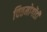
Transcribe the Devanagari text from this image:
चितमोगोंडी